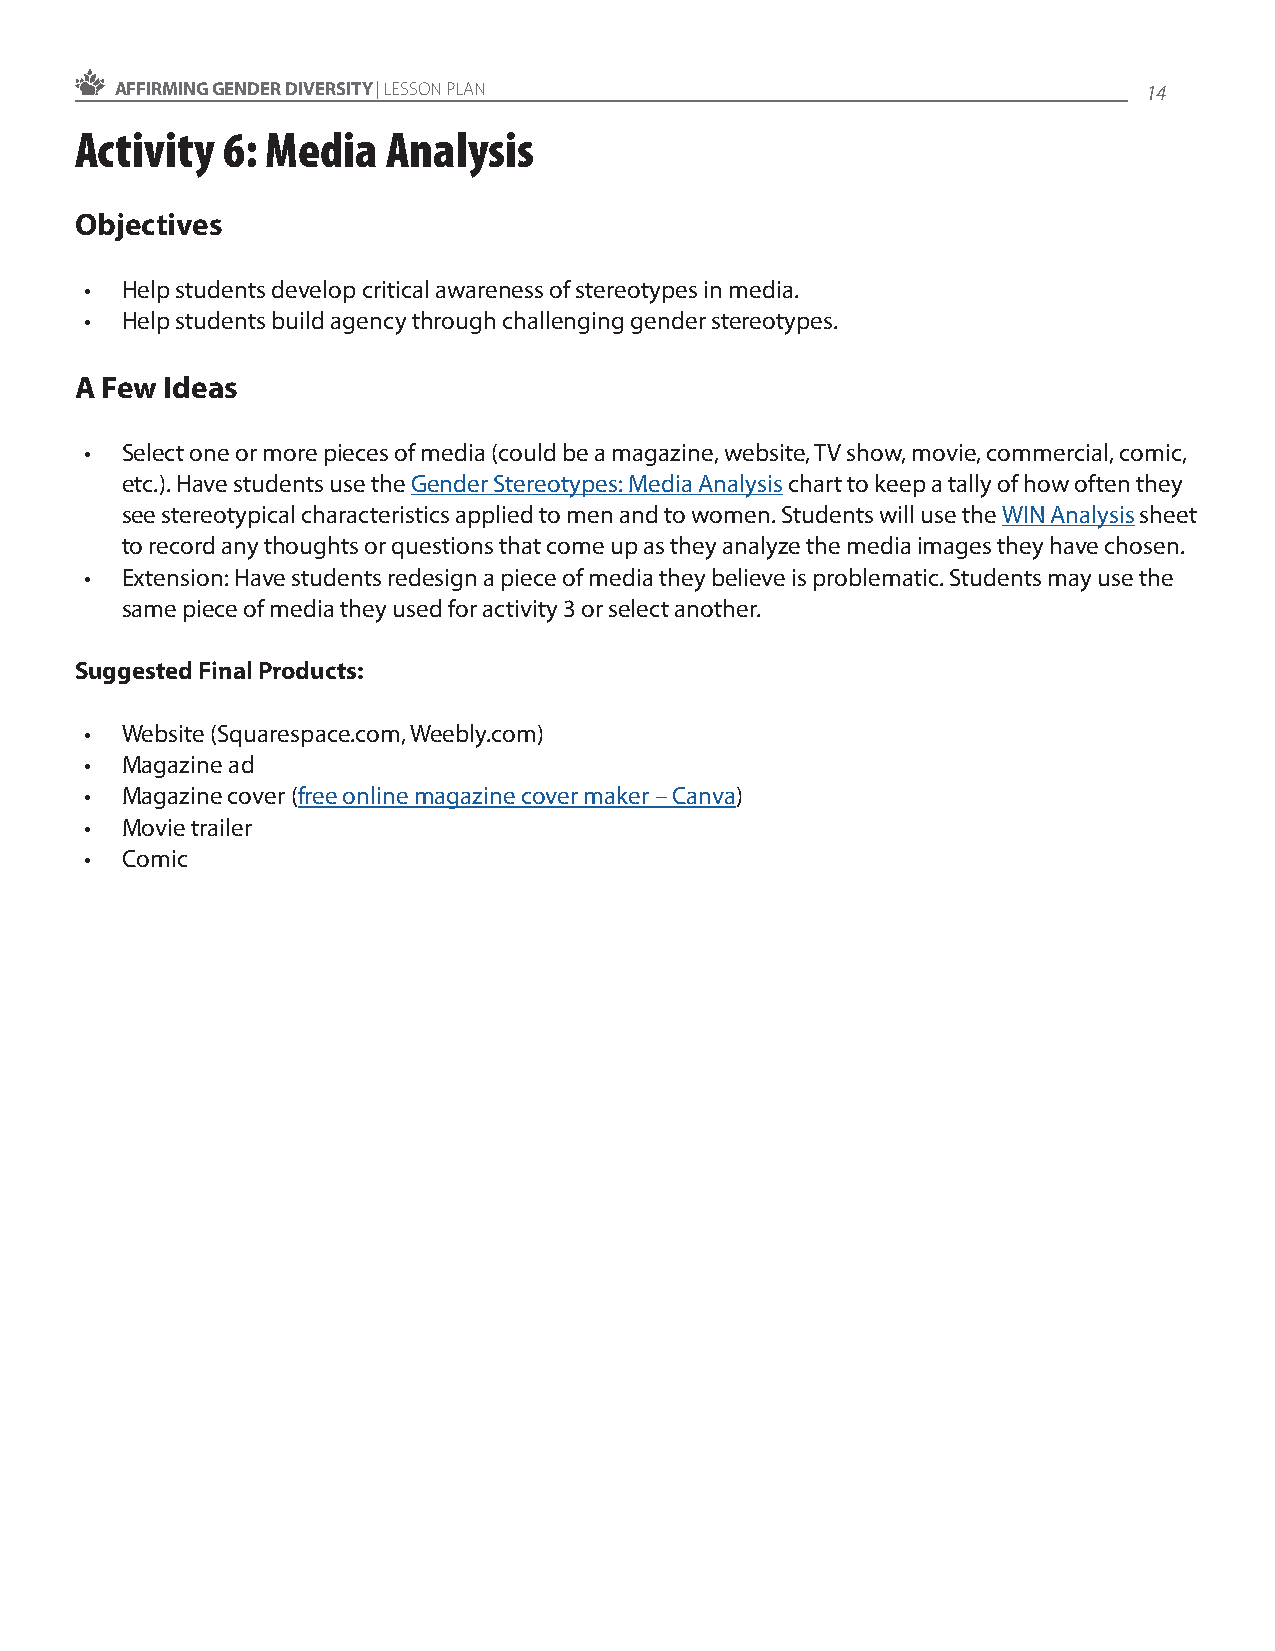
AFFIRMING GENDER DIVERSITY | LESSON PLAN                            14
 Activity  6: Media   Analysis
 Objectives
 • Help students develop critical awareness of stereotypes in media.
 • Help students build agency through challenging gender stereotypes.
 A Few Ideas
 • Select one or more pieces of media (could be a magazine, website, TV show, movie, commercial, comic,
 etc.). Have students use the Gender Stereotypes: Media Analysis chart to keep a tally of how often they
 see stereotypical characteristics applied to men and to women. Students will use the WIN Analysis sheet
 to record any thoughts or questions that come up as they analyze the media images they have chosen.
 • Extension: Have students redesign a piece of media they believe is problematic. Students may use the
 same piece of media they used for activity 3 or select another.
 Suggested Final Products:
 • Website (Squarespace.com, Weebly.com)
 • Magazine ad
 • Magazine cover (free online magazine cover maker – Canva)
 • Movie trailer
 • Comic